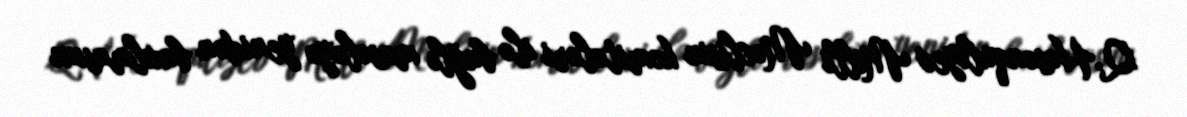
Q.Həsənquliyev Milli Məclisin komitələri ilə bağlı məsələyə yenidən baxılmasını